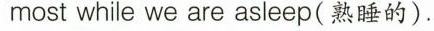
most while we are asleep(熟睡的).